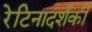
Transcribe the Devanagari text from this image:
रेटिनादर्शकी